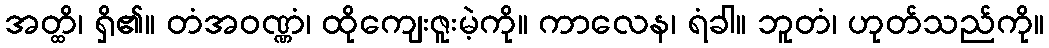
အတ္ထိ၊ ရှိ၏။ တံအဝဏ္ဏံ၊ ထိုကျေးဇူးမဲ့ကို။ ကာလေန၊ ရံခါ။ ဘူတံ၊ ဟုတ်သည်ကို။